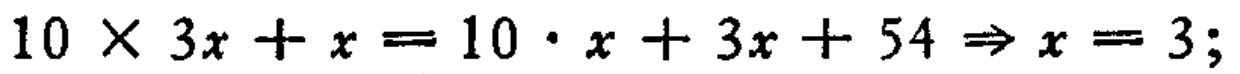
\(10\times 3x + x = 10\cdot x + 3x + 54\Rightarrow x = 3;\)